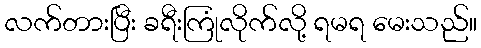
လက်တားပြီး ခရီးကြုံလိုက်လို့ ရမရ မေးသည်။